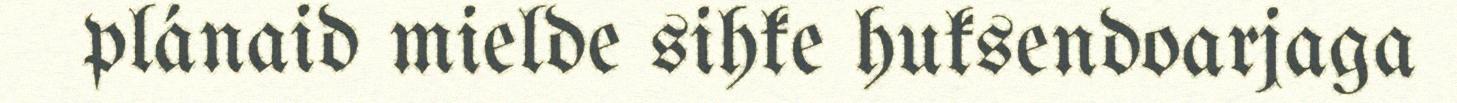
plánaid mielde sihke huksendoarjaga